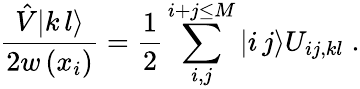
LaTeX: \frac{\hat{V}|k\, l\rangle}{2w\left(x_{i}\right)}=\frac{1}{2}\sum_{i,j}^{i+j\leq M}|i\, j\rangle U_{ij,kl}\; .